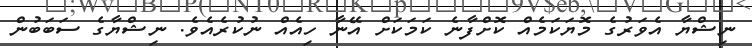
ނިޝްޔާ އެވަރުގެ މޮޔަކަމެއް ކޮށްފާނެ ކަމަކަށް އޭނާ ހިއެއް ނުކުރެއެވެ. ނިޝްޔާގެ ސަބަބުން